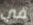
في